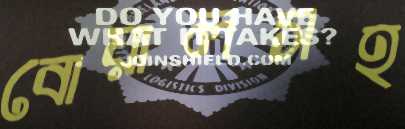
বোয়ালসহ